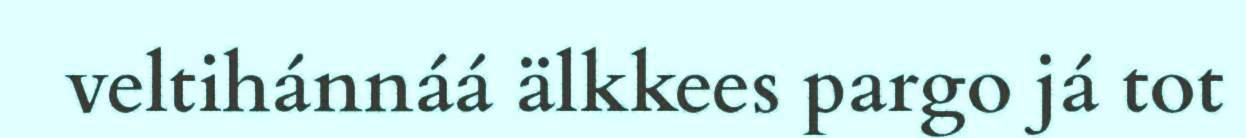
veltihánnáá älkkees pargo já tot